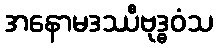
အနောမဒဿီဗုဒ္ဓဝံသ